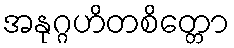
အနုဂ္ဂဟိတစိတ္တော